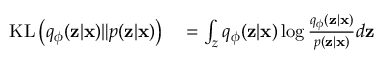
\begin{array} { r l } { \mathrm { K L } \left( q _ { \phi } ( \mathbf { z } | \mathbf { x } ) \| p ( \mathbf { z } | \mathbf { x } ) \right) } & { { } = \int _ { z } q _ { \phi } ( \mathbf { z } | \mathbf { x } ) \log \frac { q _ { \phi } ( \mathbf { z } | \mathbf { x } ) } { p ( \mathbf { z } | \mathbf { x } ) } d \mathbf { z } } \end{array}